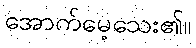
အောက်မေ့သေး၏။